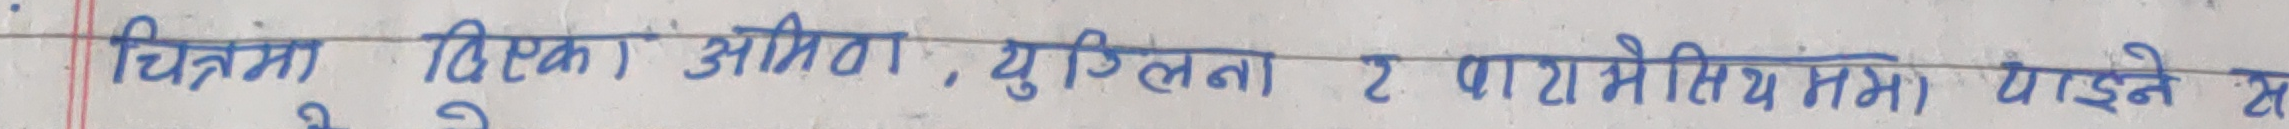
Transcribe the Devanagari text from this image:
चित्रमा दिएका ओमेगा, युगलना र परमेसी मात्र पाइने स